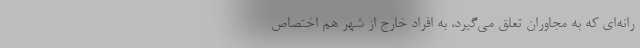
رانه‌ای که به مجاوران تعلق می‌گیرد، به افراد خارج از شهر هم اختصاص